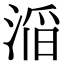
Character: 㴞